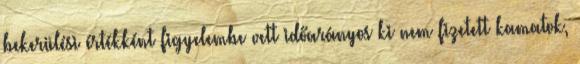
bekerülési értékként figyelembe vett időarányos ki nem fizetett kamatok,